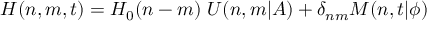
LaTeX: H ( n , m , t ) = H _ { 0 } ( n - m ) \ U ( n , m \vert A ) + \delta _ { n m } M ( n , t \vert \phi )